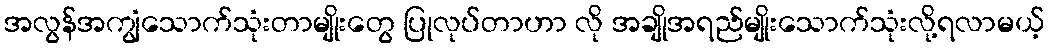
အလွန်အကျွံသောက်သုံးတာမျိုးတွေ ပြုလုပ်တာဟာ လို အချိုအရည်မျိုးသောက်သုံးလို့ရလာမယ့်